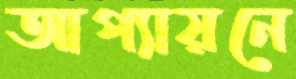
আপ্যায়নে